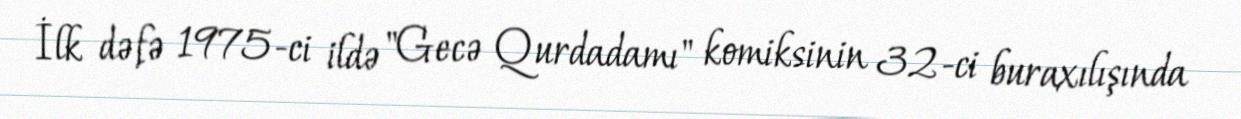
İlk dəfə 1975-ci ildə "Gecə Qurdadamı" komiksinin 32-ci buraxılışında